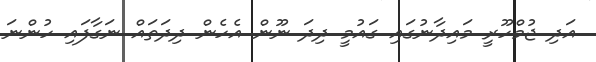
އަދި ޖުމްހޫރީ މައިދާނުގައި ގައުމީ ދިދަ ނޫން އެހެން ދިދަތައް ނަގާފައި ހުންނަ